Civil Veterinary Department. United Provinces 1912-22 - 1912-1922
Year: 1912
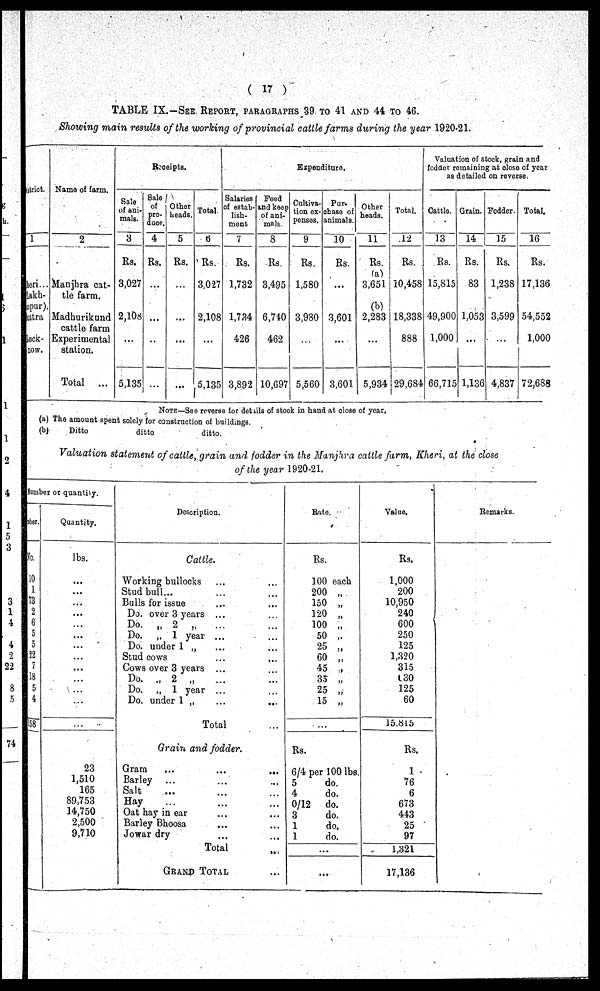
(17)
TABLE IX.—SEE REPORT, PARAGRAPHS 39 TO 41 AND 44 TO 46.
Showing main results of the working of provincial cattle farms during the year 1920-21.
strict.
1
beri...
Eakh-
upur).
cttra
Luck-
now.
Name of farm.
2
Manjhra cat-
tle farm.
Madhurikund
cattle farm
Experimental
station.
Total
...
Receipts.
Sale
of ani-
mals.
3
Rs.
3,027
2,108
...
5,135
Sale
of
pro-
duce.
4
Rs.
...
...
...
...
Other
heads.
5
Rs.
...
...
...
...
Total.
6
Rs.
3,027
2,108
...
6,135
Expenditure.
Salaries
of estab-
lish-
ment
7
Rs.
1,732
1,734
426
3,892
Feed
and keep
of ani-
mals.
8
Rs.
3,495
6,740
462
10,697
Cultiva-
tion ex-
penses.
9
Rs.
1,580
3,930
...
5,560
Pur-
chase of
animals.
10
Rs.
...
3,601
...
3,601
Other
heads.
11
Rs.
(a)
3,651
(b)
2,283
...
5,934
| Total.
12
Rs.
10,458
18,338
888
29,684
Valuation of stock, grain and
fedder remaining at close of year
as detailed on reverse.
Cattle.
13
Rs.
15,815
49,900
1,000
66,715
Grain.
14
Rs.
83
1,053
...
1,136
Fodder.
15
Rs.
1,238
3,599
...
4,837
Total.
16
Rs.
17,136
54,552
1,000
72,638
NOTE—See reverse for details of stock in hand at close of year,
(a) The amount spent solely for construction of buildings.
(b)
Ditto
ditto
ditto.
Valuation statement of cattle, grain and fodder in the Manjhra cattle farm, Kheri, at the close
of the year 1920-21.
Number or quantity.
ber.
No.
10
1
3
2
6
5
0
12
7
18
5
4
18
Quantity.
lbs.
...
...
...
...
...
...
...
...
...
...
...
...
...
23
1,510
165
89,753
14,750
2,500
9,710
Description.
Cattle.
Working bullocks
...
...
Stud bull...
...
...
Bulls for issue ... ...
Do. over 3 years ... ...
Do. „ 2 „
...
...
Do. „ 1 year ... ...
Do. under 1 „ ...
...
Stud cows ... ...
Cows over 3 years ... ...
Do. „ 2 „ ... ...
Do. „ 1 year ...
Do. under 1 „ ... ...
Total ...
Grain and fodder.
Gram ... ... ...
Barley ... ... ...
Salt ... ... ...
Hay ... ... ...
Oat hay in ear ... ...
Barley Bhoosa ... ...
Jowar dry ... ...
Total ...
GRAND TOTAL ...
Rate.
Rs.
100 each
200 „
150 „
120 „
100 „
50 „
25 „
60 „
45 „
35 „
25 „
15 „
...
Rs.
6/4 per 100 lbs.
5
do.
4
do.
0/12 do.
3
do.
1
do.
1
do.
...
...
Value.
Rs.
1,000
200
10,950
240
600
250
125
1,320
315
630
125
60
15,815
Rs.
1
76
6
673
443
25
97
1,321
17,136
Remarks.